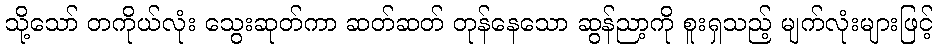
သို့သော် တကိုယ်လုံး သွေးဆုတ်ကာ ဆတ်ဆတ် တုန်နေသော ဆွန်ညာ့ကို စူးရှသည့် မျက်လုံးများဖြင့်